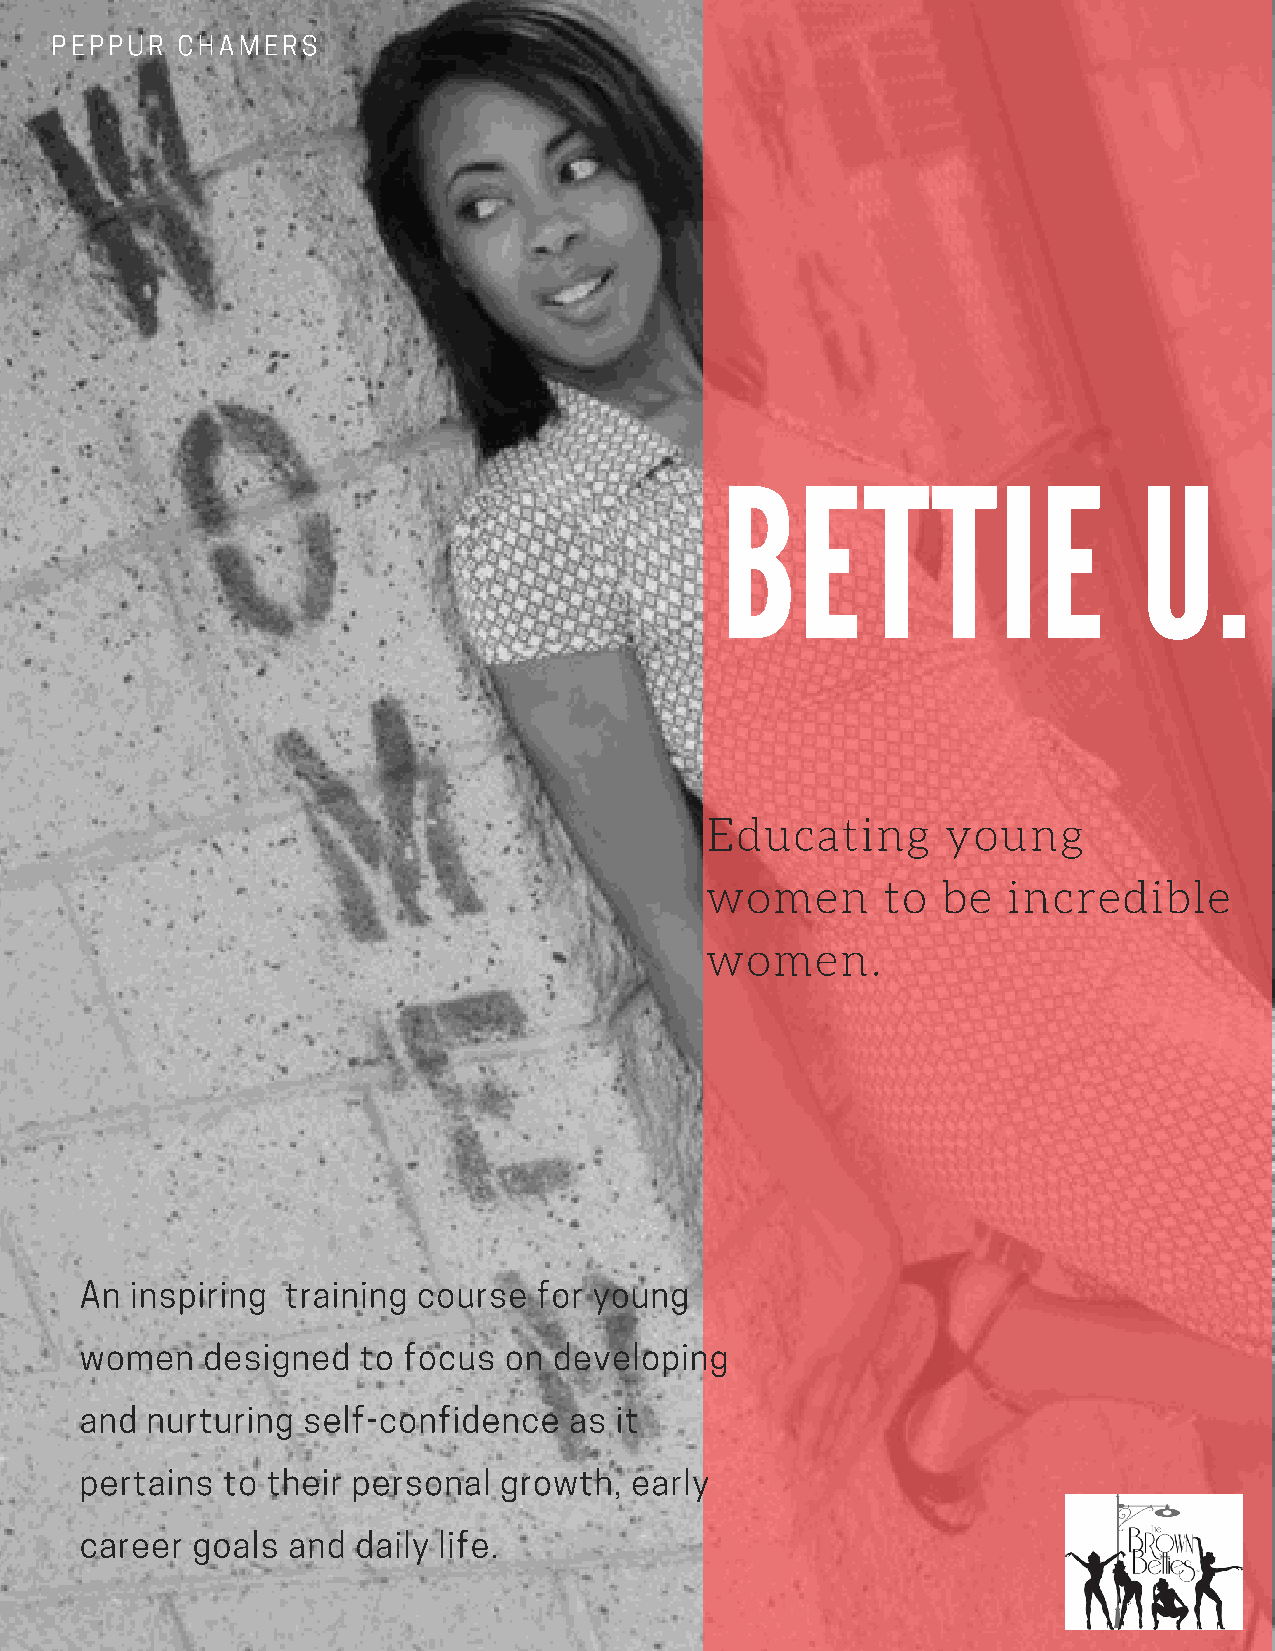
PEPPUR   CHAMERS
 BETTIE                     U.
 Educating       young
 women       to be   incredible
 women.
 An  inspiring training course  for young
 women   designed   to focus on  developing
 and  nurturing self-confidence   as it
 pertains  to their personal growth,  early
 career  goals and  daily life.